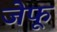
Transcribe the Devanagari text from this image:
जेफू